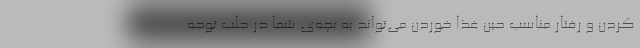
کردن و رفتار مناسب حین غذا خوردن می‌تواند به بچه‌ی شما در جلب توجه